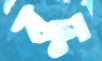
বুদ